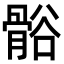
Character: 𬴒